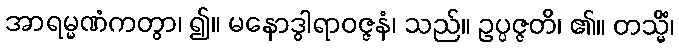
အာရမ္မဏံကတွာ၊ ၍။ မနောဒွါရာဝဇ္ဇနံ၊ သည်။ ဥပ္ပဇ္ဇတိ၊ ၏။ တသ္မိံ၊